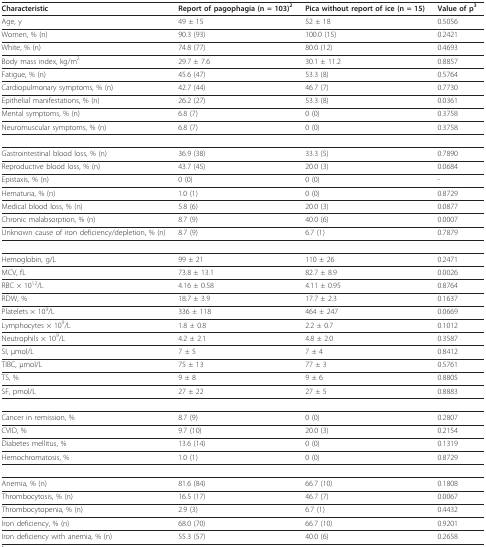
<table><thead><tr><td><b>Characteristic</b></td><td><b>Report of pagophagia (n = 103)<sup>2</sup></b></td><td><b>Pica without report of ice (n = 15)</b></td><td><b>Value of p<sup>3</sup></b></td></tr></thead><tbody><tr><td>Age, y</td><td>49 ± 15</td><td>52 ± 18</td><td>0.5056</td></tr><tr><td>Women, % (n)</td><td>90.3 (93)</td><td>100.0 (15)</td><td>0.2421</td></tr><tr><td>White, % (n)</td><td>74.8 (77)</td><td>80.0 (12)</td><td>0.4693</td></tr><tr><td>Body mass index, kg/m<sup>2</sup></td><td>29.7 ± 7.6</td><td>30.1 ± 11.2</td><td>0.8857</td></tr><tr><td>Fatigue, % (n)</td><td>45.6 (47)</td><td>53.3 (8)</td><td>0.5764</td></tr><tr><td>Cardiopulmonary symptoms, % (n)</td><td>42.7 (44)</td><td>46.7 (7)</td><td>0.7730</td></tr><tr><td>Epithelial manifestations, % (n)</td><td>26.2 (27)</td><td>53.3 (8)</td><td>0.0361</td></tr><tr><td>Mental symptoms, % (n)</td><td>6.8 (7)</td><td>0 (0)</td><td>0.3758</td></tr><tr><td>Neuromuscular symptoms, % (n)</td><td>6.8 (7)</td><td>0 (0)</td><td>0.3758</td></tr><tr><td>Gastrointestinal blood loss, % (n)</td><td>36.9 (38)</td><td>33.3 (5)</td><td>0.7890</td></tr><tr><td>Reproductive blood loss, % (n)</td><td>43.7 (45)</td><td>20.0 (3)</td><td>0.0684</td></tr><tr><td>Epistaxis, % (n)</td><td>0 (0)</td><td>0 (0)</td><td>-</td></tr><tr><td>Hematuria, % (n)</td><td>1.0 (1)</td><td>0 (0)</td><td>0.8729</td></tr><tr><td>Medical blood loss, % (n)</td><td>5.8 (6)</td><td>20.0 (3)</td><td>0.0877</td></tr><tr><td>Chronic malabsorption, % (n)</td><td>8.7 (9)</td><td>40.0 (6)</td><td>0.0007</td></tr><tr><td>Unknown cause of iron deficiency/depletion, % (n)</td><td>8.7 (9)</td><td>6.7 (1)</td><td>0.7879</td></tr><tr><td>Hemoglobin, g/L</td><td>99 ± 21</td><td>110 ± 26</td><td>0.2471</td></tr><tr><td>MCV, fL</td><td>73.8 ± 13.1</td><td>82.7 ± 8.9</td><td>0.0026</td></tr><tr><td>RBC × 10<sup>12</sup>/L</td><td>4.16 ± 0.58</td><td>4.11 ± 0.95</td><td>0.8764</td></tr><tr><td>RDW, %</td><td>18.7 ± 3.9</td><td>17.7 ± 2.3</td><td>0.1637</td></tr><tr><td>Platelets × 10<sup>9</sup>/L</td><td>336 ± 118</td><td>464 ± 247</td><td>0.0669</td></tr><tr><td>Lymphocytes × 10<sup>9</sup>/L</td><td>1.8 ± 0.8</td><td>2.2 ± 0.7</td><td>0.1012</td></tr><tr><td>Neutrophils × 10<sup>9</sup>/L</td><td>4.2 ± 2.1</td><td>4.8 ± 2.0</td><td>0.3587</td></tr><tr><td>SI, μmol/L</td><td>7 ± 5</td><td>7 ± 4</td><td>0.8412</td></tr><tr><td>TIBC, μmol/L</td><td>75 ± 13</td><td>77 ± 3</td><td>0.5761</td></tr><tr><td>TS, %</td><td>9 ± 8</td><td>9 ± 6</td><td>0.8805</td></tr><tr><td>SF, pmol/L</td><td>27 ± 22</td><td>27 ± 5</td><td>0.8883</td></tr><tr><td>Cancer in remission, %</td><td>8.7 (9)</td><td>0 (0)</td><td>0.2807</td></tr><tr><td>CVID, %</td><td>9.7 (10)</td><td>20.0 (3)</td><td>0.2154</td></tr><tr><td>Diabetes mellitus, %</td><td>13.6 (14)</td><td>0 (0)</td><td>0.1319</td></tr><tr><td>Hemochromatosis, %</td><td>1.0 (1)</td><td>0 (0)</td><td>0.8729</td></tr><tr><td>Anemia, % (n)</td><td>81.6 (84)</td><td>66.7 (10)</td><td>0.1808</td></tr><tr><td>Thrombocytosis, % (n)</td><td>16.5 (17)</td><td>46.7 (7)</td><td>0.0067</td></tr><tr><td>Thrombocytopenia, % (n)</td><td>2.9 (3)</td><td>6.7 (1)</td><td>0.4432</td></tr><tr><td>Iron deficiency, % (n)</td><td>68.0 (70)</td><td>66.7 (10)</td><td>0.9201</td></tr><tr><td>Iron deficiency with anemia, % (n)</td><td>55.3 (57)</td><td>40.0 (6)</td><td>0.2658</td></tr></tbody></table>